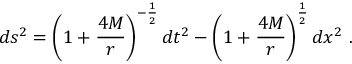
d s ^ { 2 } = \left( 1 + { \frac { 4 M } { r } } \right) ^ { - { \frac { 1 } { 2 } } } d t ^ { 2 } - \left( 1 + { \frac { 4 M } { r } } \right) ^ { \frac { 1 } { 2 } } d x ^ { 2 } \ .